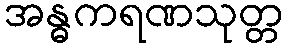
အန္ဓကရဏသုတ္တ